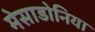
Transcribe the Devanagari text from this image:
मेसाडोनिया